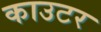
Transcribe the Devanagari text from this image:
काउटर